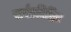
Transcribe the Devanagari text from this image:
सर्वप्रतिष्ठित